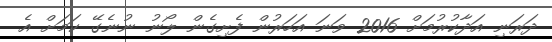
ދަރަނި އަދާކުރުމަށް 2016 ވަނަ އަހަރުން ފެށިގެން ލޯނު ނުނެގޭ ކަމަށް އެ